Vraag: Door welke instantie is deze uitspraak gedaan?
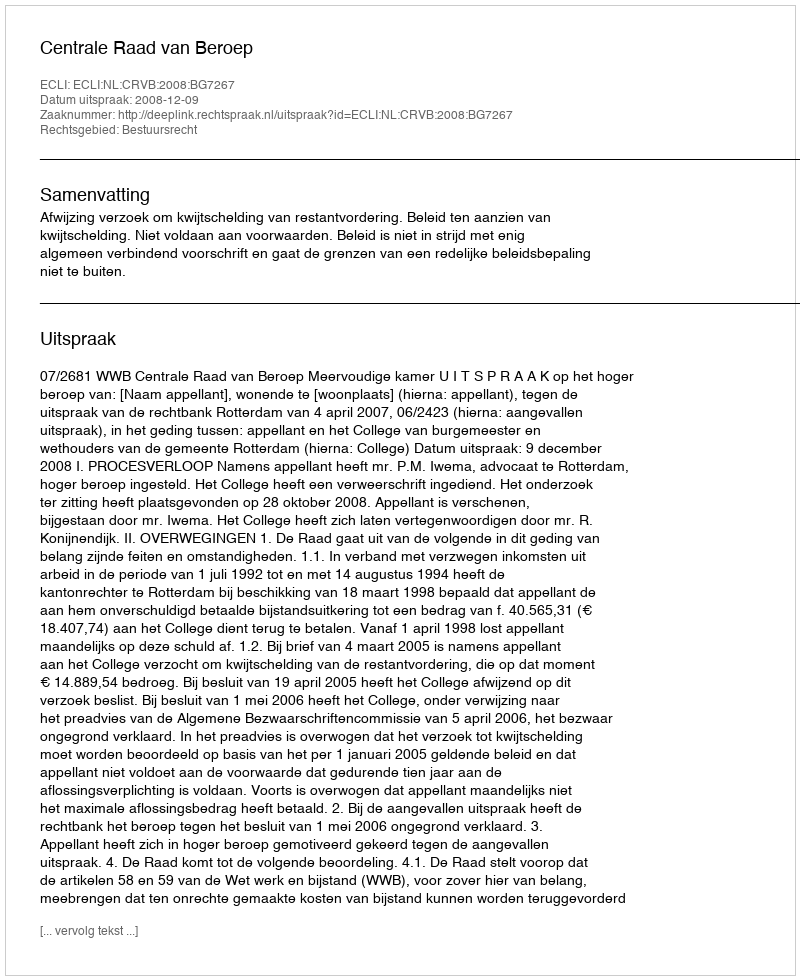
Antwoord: Centrale Raad van Beroep